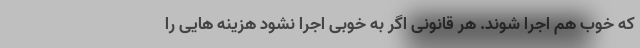
که خوب هم اجرا شوند. هر قانونی اگر به خوبی اجرا نشود هزینه هایی را